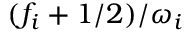
{ ( f _ { i } + 1 / 2 ) } / { \omega _ { i } }